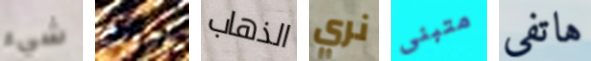
شيء نورث الذهاب نري متبنى هاتفى